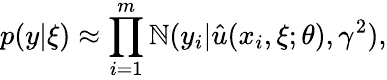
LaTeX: {p(y|\xi)}\approx\prod_{i=1}^{m}\mathbb{N}(y_{i}|\hat{{u}}(x_{i},\xi;\theta),\gamma^{2}),